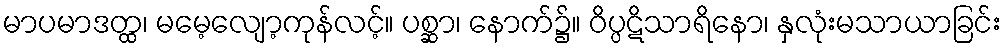
မာပမာဒတ္ထ၊ မမေ့လျော့ကုန်လင့်။ ပစ္ဆာ၊ နောက်၌။ ဝိပ္ပဋိသာရိနော၊ နှလုံးမသာယာခြင်း